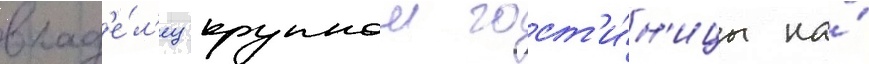
влад'е́л'ец крупнои гост'и́н'ицы на́